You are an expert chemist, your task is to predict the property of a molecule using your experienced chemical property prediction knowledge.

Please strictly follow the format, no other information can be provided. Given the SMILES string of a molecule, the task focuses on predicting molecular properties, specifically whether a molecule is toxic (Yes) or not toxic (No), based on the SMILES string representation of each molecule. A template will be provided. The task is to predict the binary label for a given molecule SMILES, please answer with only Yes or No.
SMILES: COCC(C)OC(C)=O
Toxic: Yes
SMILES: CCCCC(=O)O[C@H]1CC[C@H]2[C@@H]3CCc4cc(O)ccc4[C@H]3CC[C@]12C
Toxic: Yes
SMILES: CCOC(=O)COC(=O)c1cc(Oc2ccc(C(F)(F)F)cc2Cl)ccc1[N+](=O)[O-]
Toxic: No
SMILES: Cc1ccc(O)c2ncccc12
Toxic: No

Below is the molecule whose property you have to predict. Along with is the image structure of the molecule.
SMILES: CCCCCCCCCCCC(=O)OC[C@@H](O)[C@H]1OC[C@H](OCCO)[C@H]1OCCO
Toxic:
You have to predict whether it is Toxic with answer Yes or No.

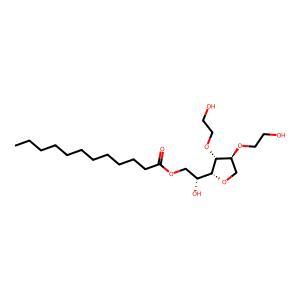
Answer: No